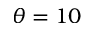
\theta = 1 0